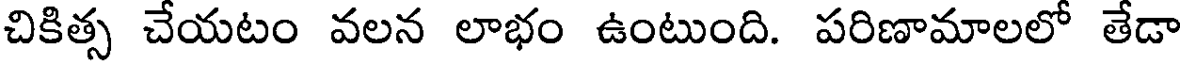
చికిత్స చేయటం వలన లాభం ఉంటుంది. పరిణామాలలో తేడా